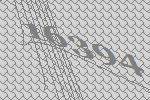
16394